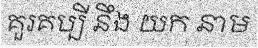
គួរគប្បី នឹង យក នាម